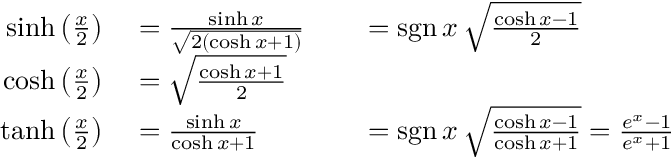
\begin{array} { r l r l } { \sinh \left( { \frac { x } { 2 } } \right) } & { { } = { \frac { \sinh x } { \sqrt { 2 ( \cosh x + 1 ) } } } } & { } & { { } = \operatorname { s g n } x \, { \sqrt { \frac { \cosh x - 1 } { 2 } } } } \\ { \cosh \left( { \frac { x } { 2 } } \right) } & { { } = { \sqrt { \frac { \cosh x + 1 } { 2 } } } } \\ { \operatorname { t a n h } \left( { \frac { x } { 2 } } \right) } & { { } = { \frac { \sinh x } { \cosh x + 1 } } } & { } & { { } = \operatorname { s g n } x \, { \sqrt { \frac { \cosh x - 1 } { \cosh x + 1 } } } = { \frac { e ^ { x } - 1 } { e ^ { x } + 1 } } } \end{array}